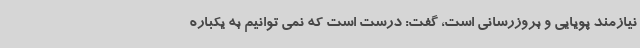
نیازمند پویایی و بروزرسانی است، گفت: درست است که نمی توانیم به یکباره